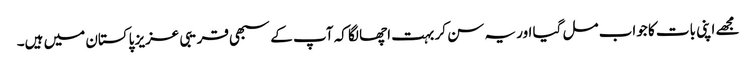
مجھے اپنی بات کا جواب مل گیا اور یہ سن کر بہت اچھا لگا کہ آپ کے سبھی قریبی عزیز پاکستان میں ہیں۔